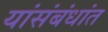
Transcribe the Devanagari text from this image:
यांसंबंधांत